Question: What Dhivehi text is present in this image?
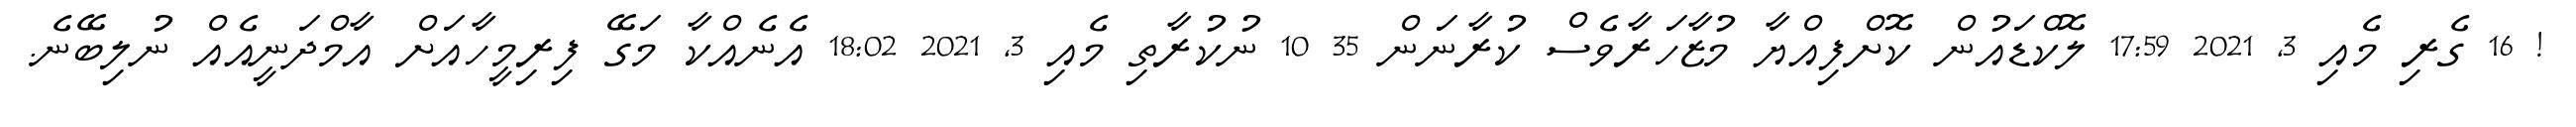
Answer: ! 16 ގެރި މެއި 3, 2021 17:59 ލޮކްޑައުން ކޮށްފިއްޔާ މުޒާހަރާވެސް ކުރާނަން 35 10 ނުކުރާތި މެއި 3, 2021 18:02 އެނެއްކާ މަގޭ ފިރިމީހާއަށް އާމްދަނީއެއް ނުލިބޭނެ.